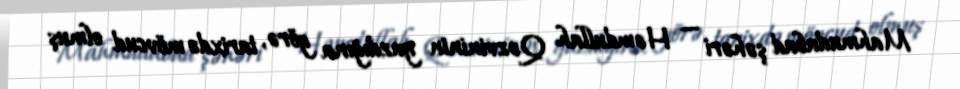
Mahmudabad şəhəri — Həmdullah Qəzvininin yazdığına görə, tarixdə mövcud olmuş